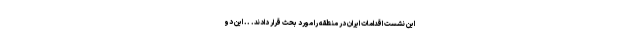
این نشست اقدامات ایران در منطقه را مورد بحث قرار دادند. .. این دو